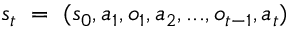
s _ { t } ~ = ~ ( s _ { 0 } , a _ { 1 } , o _ { 1 } , a _ { 2 } , . . . , o _ { t - 1 } , a _ { t } )